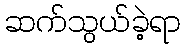
ဆက်သွယ်ခဲ့ရာ